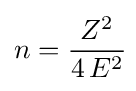
n={\frac {Z^{2}}{4\,E^{2}}}\!